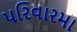
પરિવારમા